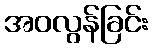
အဝလွန်ခြင်း